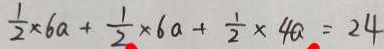
\frac { 1 } { 2 } \times 6 a + \frac { 1 } { 2 } \times 6 a + \frac { 1 } { 2 } \times 4 a = 2 4